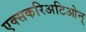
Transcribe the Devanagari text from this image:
एक्सकरिअटिओन्